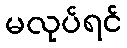
မလုပ်ရင်